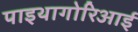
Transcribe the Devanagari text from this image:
पाइथागोरिआई